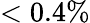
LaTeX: <0.4\%